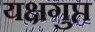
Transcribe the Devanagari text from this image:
यक्षगुप्त